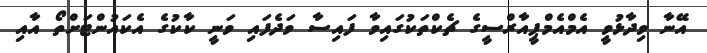
އޭނާ ވިދާޅުވީ އެމްއެމްޕީއާރްސީގެ ޗެކްތަކުގައިވާ ފައިސާ ވަދެފައި ވަނީ ކާކުގެ އެކައުންޓަށްތޯ އާއި